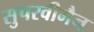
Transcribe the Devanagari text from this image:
सुपरवीमैन